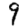
Digit: 9